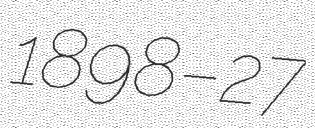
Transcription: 1898–27